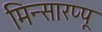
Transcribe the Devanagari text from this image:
मिन्सारप्पू